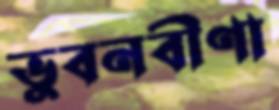
ভুবনবীণা